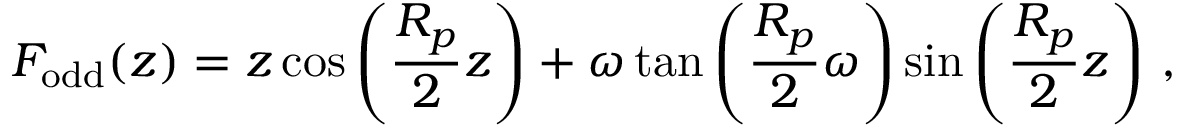
F _ { \mathrm { o d d } } ( z ) = z \cos \left( \frac { R _ { p } } { 2 } z \right) + \omega \tan \left( \frac { R _ { p } } { 2 } \omega \right) \sin \left( \frac { R _ { p } } { 2 } z \right) \, ,